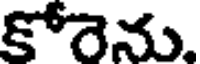
కోరెను.